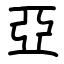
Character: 亞